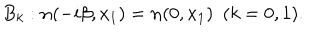
LaTeX: B _ { k } : { \bf n } ( - i \beta , x _ { 1 } ) = { \bf n } ( 0 , x _ { 1 } ) ~ ~ ( k = 0 , 1 ) .